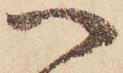
へ